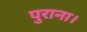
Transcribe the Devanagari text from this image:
पुराना।